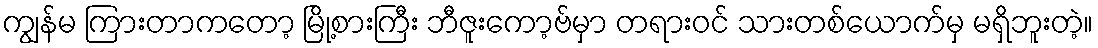
ကျွန်မ ကြားတာကတော့ မြို့စားကြီး ဘီဇူးကော့ဗ်မှာ တရားဝင် သားတစ်ယောက်မှ မရှိဘူးတဲ့။